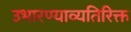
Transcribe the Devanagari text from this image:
उभारण्याव्यतिरिक्त